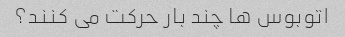
اتوبوس ها چند بار حرکت می کنند؟